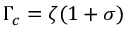
\Gamma _ { c } = \zeta ( 1 + \sigma )